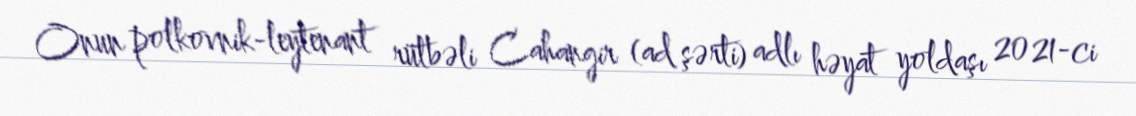
Onun polkovnik-leytenant rütbəli Cahangir (ad şərti) adlı həyat yoldaşı 2021-ci